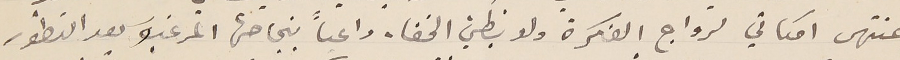
بمنتهى امكاني لرواج الفكرة ولا بطيء الخفا. داعياً بنجاحها المرغبَ بعد التطور